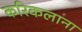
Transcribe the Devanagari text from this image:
करिकलाना